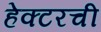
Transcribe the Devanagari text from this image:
हेक्टरची